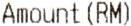
AMOUNT (RM)